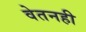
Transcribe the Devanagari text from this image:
वेतनही